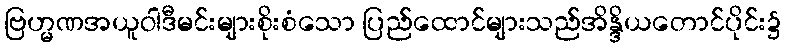
ဗြဟ္မဏအယူဝါဒီမင်းများစိုးစံသော ပြည်ထောင်များသည်အိန္ဒိယတောင်ပိုင်း၌